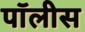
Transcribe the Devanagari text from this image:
पॉलीस